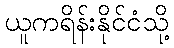
ယူကရိန်းနိုင်ငံသို့